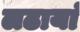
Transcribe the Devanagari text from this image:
लढायां